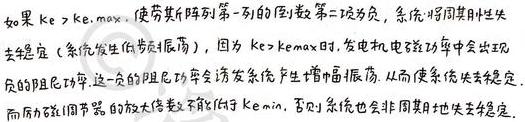
如果 $k > k_{emax}$, 使劳斯阵列第一列的倒数第二项为负, 系统将非周期地失去稳定 (系统发生等幅振荡), 因为 $k = k_{emax}$ 时, 发电机电磁功率中会出现负的阻尼功率, 这一负的阻尼功率会诱发系统产生增幅振荡, 从而使系统失去稳定。而励磁调节器的放大倍数不能小于 $k_{emin}$, 否则系统也会非周期地失去稳定。